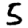
Digit: 5